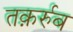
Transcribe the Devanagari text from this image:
तक़र्रुब